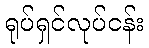
ရုပ်ရှင်လုပ်ငန်း